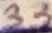
Text: 33